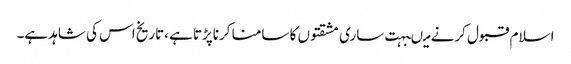
اسلام قبول کرنے میںبہت ساری مشقتوں کا سامنا کرناپڑتاہے ،تاریخ اس کی شاہدہے۔